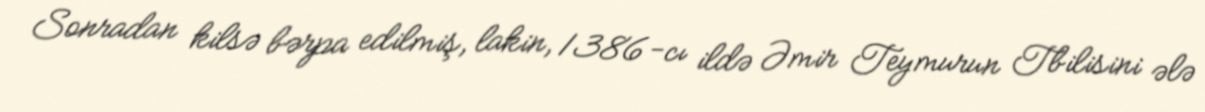
Sonradan kilsə bərpa edilmiş, lakin, 1386-cı ildə Əmir Teymurun Tbilisini ələ